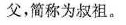
父，简称为叔祖。